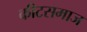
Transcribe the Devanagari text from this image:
कीटसमाज